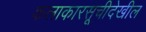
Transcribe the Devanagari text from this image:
कलाकारसूचीदेखील